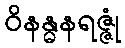
ဝိနန္ဓနရဇ္ဇုံ